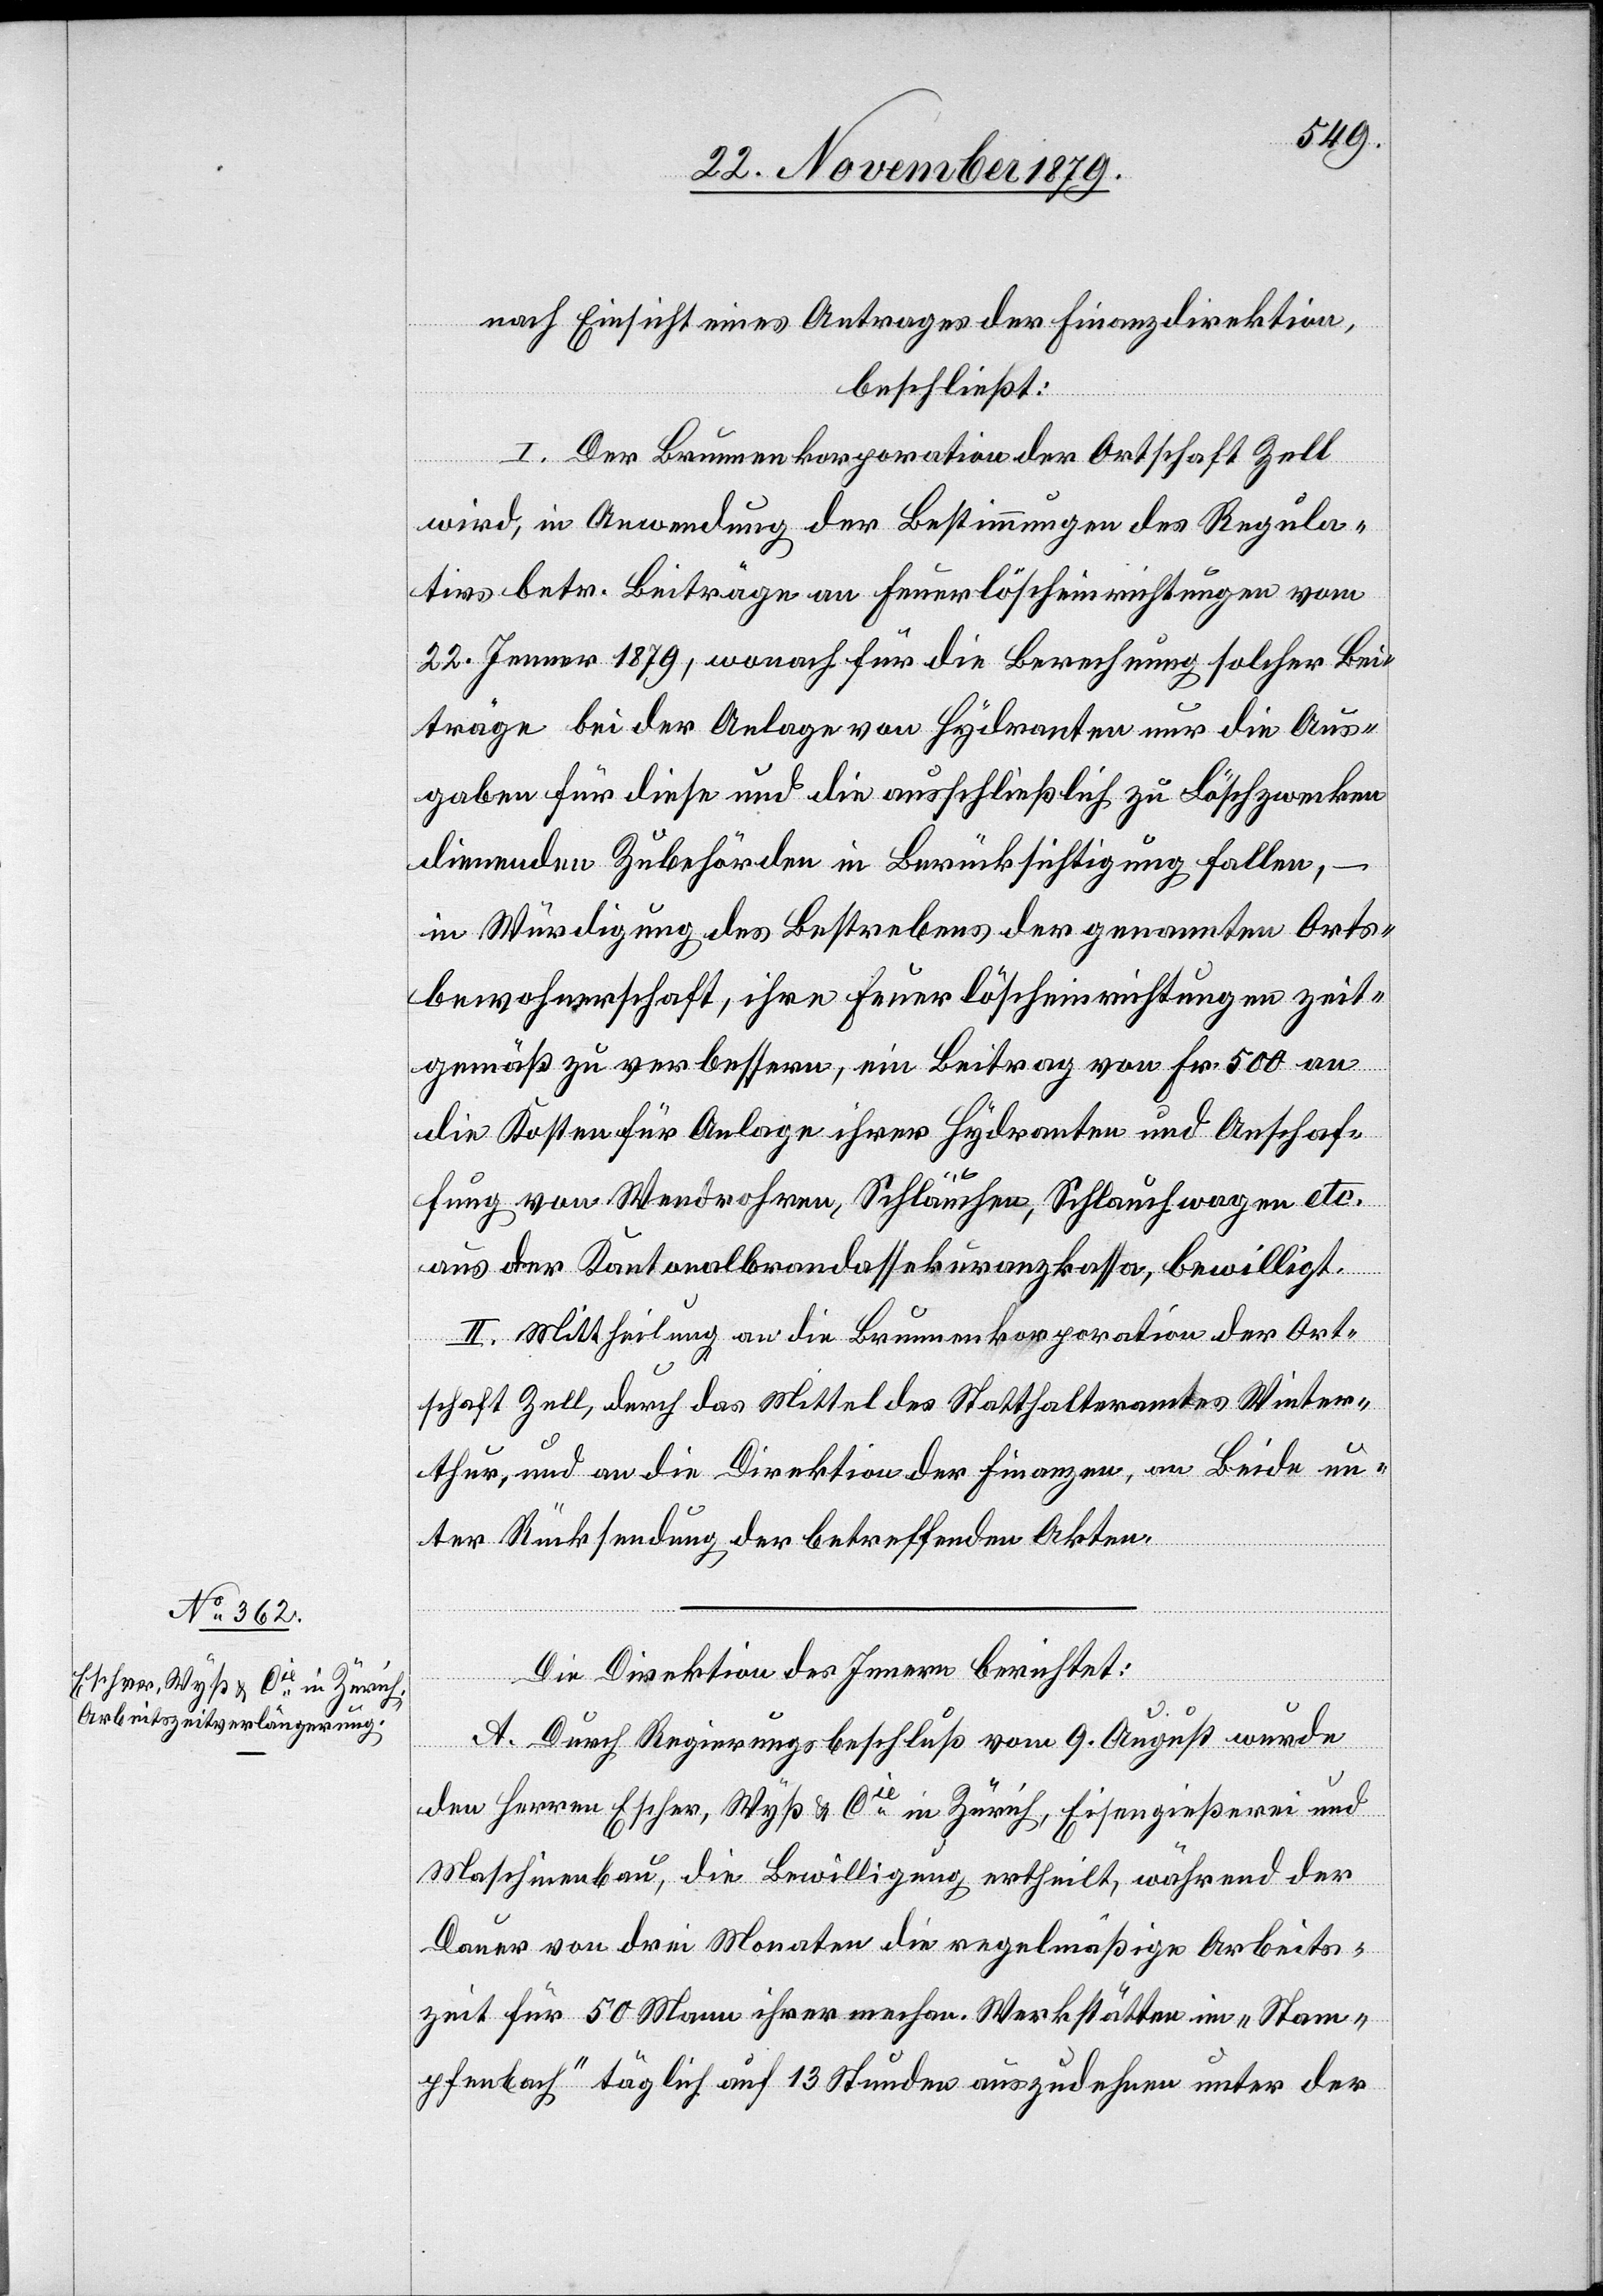
nach Einsicht eines Antrages der Finanzdirektion,
beschließt:
I. Der Brunnenkorporation Ortschaft Zell
wird, in Anwendung der Bestimmungen des Regula¬
tivs betr. Beiträge an Feuerlöscheinrichtungen vom
22. Jenner 1879, wonach für die Berechnung solcher Bei¬
träge bei der Anlage von Hydranten nur die Aus¬
gaben für diese und die ausschließlich zu Löschzwecken
dienenden Zubehörden in Berücksichtigung fallen,
in Würdigung des Bestrebens der genannten Orts¬
bewohnerschaft, ihre Feuerlöscheinrichtungen zeit¬
gemäß zu verbessern, ein Beitrag von Fr. 500 an
die Kosten für Anlage ihrer Hydranten und Anschaf¬
fung von Wendrohren, Schläuchen, Schlauchwagen etc.
aus der Kantonalbrandassekuranzkassa, bewilligt.
II. Mittheilung an die Brunnenkorporation der Ort¬
schaft Zell, durch das Mittel des Statthalteramtes Winter¬
thur, und an die Direktion der Finanzen, an Beide un¬
ter Rücksendung der betreffenden Akten.
Die Direktion des Innern berichtet:
A. Durch Regierungsbeschluß vom 9. August wurde
den Herren Escher, Wyß & Cie in Zürich, Eisengießerei und
Maschinenbau, die Bewilligung ertheilt, während der
Dauer von drei Monaten die regelmäßige Arbeits¬
zeit für 50 Mann ihrer mechan. Werkstätten im „Stam¬
pfenbach“ täglich auf 13 Stunden auszudehnen unter der